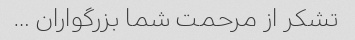
تشکر از مرحمت شما بزرگواران …